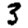
Digit: 3